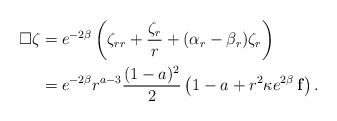
LaTeX: \begin{align*} \square \zeta &= e^{-2\beta} \left(\zeta_{rr} + \frac{\zeta_r}{r} + (\alpha_r -\beta_r)\zeta_r \right) \\&= e^{-2\beta}r^{a-3}\frac{(1-a)^2}{2} \left(1-a + r^2 \kappa e^{2\beta}\, \mathbf{f} \right). \end{align*}